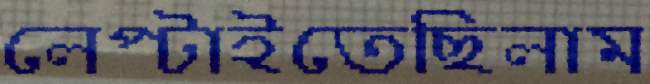
লেপ্‌টাইতেছিলাম